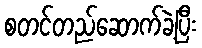
စတင်တည်ဆောက်ခဲ့ပြီး